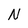
Character: N